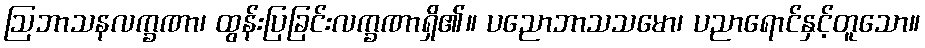
ဩဘာသနလက္ခဏာ၊ ထွန်းပြခြင်းလက္ခဏာရှိ၏။ ပညောဘာသသမော၊ ပညာရောင်နှင့်တူသော။